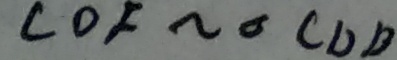
C O F \sim \Delta C D B